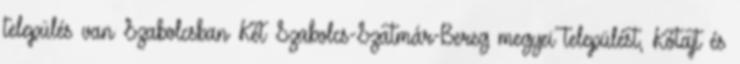
település van Szabolcsban Két Szabolcs-Szatmár-Bereg megyei települést, Kótajt és